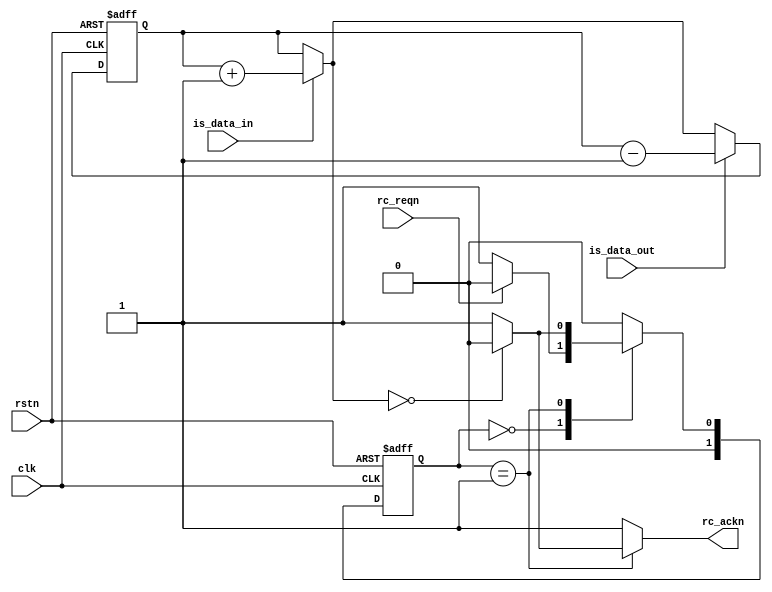
module filter_sync
#(parameter
	INVALUE  = 32'h1,
	OUTVALUE = 32'h1
)
(
	input       clk       ,
	input       rstn      ,

	//-- to/from core----
	input       is_data_in,
	input       is_data_out,

	//-- to/from reconfiguration controller----
	input       rc_reqn,
	output reg  rc_ackn
);

//-------------------------------------------------------------------
// Signal Declaration
//-------------------------------------------------------------------

	/* reconfiguration fsm */
	reg [1:0] state_c, state_n;
	wire rc_is_idle;

	/* p_transaction_counter */
	wire [31:0] rc_tc;
	reg [31:0] rc_tc_0;
	wire [31:0] rc_tc_1;

//-------------------------------------------------------------------
// Transaction Counter
//-------------------------------------------------------------------

	/*
		note:
			when is_data_in == 1, fsm leave idle state immediately (combinational)
			when is_data_out == 1, fsm re-enter idle state at next cycle (sequentially)

		eg. assume the swapper get 2 data and send 2 data, the timing like this:
			is_data_in  _ _ _ - - _ _ _ _ _ _ _ _
			is_data_out _ _ _ _ _ _ _ _ - - _ _ _
			state       idle  in  proc  out idle
			rc_tc_0     0 0 0 0 1 2 2 2 2 1 0 0 0
			rc_tc_1     1 1 1 1 2 3 3 3 3 2 1 1 1
			tc          0 0 0 1 2 2 2 2 2 1 0 0 0
	*/
	/* p_transaction_counter: the add 1 value */
	assign rc_tc_1 = rc_tc_0 + INVALUE;
	/* p_transaction_counter: the current value */
	always @(posedge clk or negedge rstn) begin
		if (~rstn) begin
			rc_tc_0 <= 32'h0;
		end else begin
			if (is_data_in) rc_tc_0 <= rc_tc_0 + INVALUE;
			if (is_data_out) rc_tc_0 <= rc_tc_0 - OUTVALUE;
		end
	end
	/* p_transaction_counter: the true value */
	assign rc_tc = (is_data_in) ? rc_tc_1: rc_tc_0;
	assign rc_is_idle = (rc_tc == 32'h0);

//-------------------------------------------------------------------
// RC FSM - reconfiguration controller: decide a safe state
//-------------------------------------------------------------------

	localparam [1:0]
		RC_Idle    = 4'd0,
		RC_ReqAck  = 4'd1;

	always @(posedge clk or negedge rstn) begin
		if (~rstn)
			state_c <= RC_Idle;
		else
			state_c <= state_n;
	end

	always @(*) begin
		{rc_ackn} = {1'b1};

		/*
			mealy fsm:

				the ack must rise at the same clock when is_idle comes in
				so that the static part can assert reset at the next cycle
				when the prm is (potentially) just about to leave the idle state

			timing diagram:

				reqn    => -1- _0_ _0_ _0_ -1- -1-
				is_idle <= -1- -1- -1- _0_ -1- -1-
				ackn    <= -1- -1- -1- _0_ -1- -1-
				restn   => -1- -1- -1- -1- _0_ _0_

				clk edge  |   |   |   |   |   |

		*/
		case (state_c)
			RC_Idle: begin state_n = (~rc_reqn)? RC_ReqAck:RC_Idle; end
			RC_ReqAck:begin
				if(rc_is_idle) begin
					state_n = RC_Idle;
					rc_ackn = 1'b0;
				end else begin
					state_n = RC_ReqAck;
				end
			end
			default: begin state_n = RC_Idle; end
		endcase
	end

endmodule